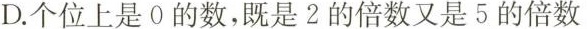
D.个位上是0的数，既是2的倍数又是5的倍数